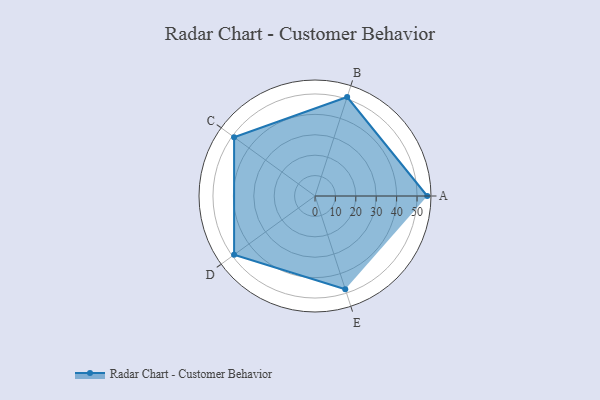
{"axis": {"x": "Skill", "y": "Score"}, "legend": ["Profile"], "data": [{"x": "A", "y": 55.0, "type": "Profile"}, {"x": "B", "y": 51.0, "type": "Profile"}, {"x": "C", "y": 49.0, "type": "Profile"}, {"x": "D", "y": 49.0, "type": "Profile"}, {"x": "E", "y": 48.0, "type": "Profile"}]}